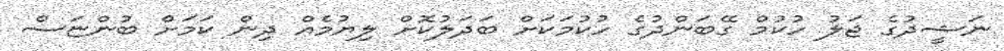
ނަޝީދުގެ ޖަލު ހުކުމް ގޭބަންދުގެ ހުކުމަކަށް ބަދަލުކޮށް ލިޔުމެއް ދިން ކަމަށް ބުންޏަސް